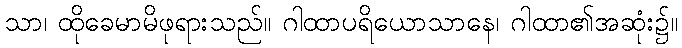
သာ၊ ထိုခေမာမိဖုရားသည်။ ဂါထာပရိယောသာနေ၊ ဂါထာ၏အဆုံး၌။